Annual report of the Central Committee of the Association together with the report of the directors of the Pasteur Institute at Kasauli
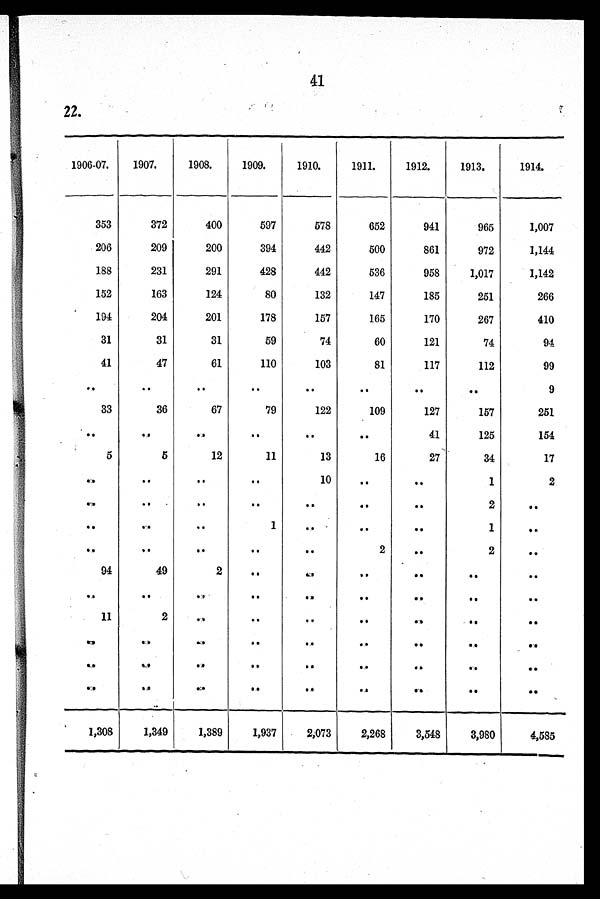
41
22.
1906-07.
1907.
1908.
1909.
1910.
1911.
1912.
1913.
1914.
353
372
400
597
578
652
941
965
1,007
206
209
200
394
442
500
861
972
1,144
188
231
291
428
442
536
958
1,017
1,142
152
163
124
80
132
147
185
251
266
194
204
201
178
157
165
170
267
410
31
31
31
59
74
60
121
74
94
41
47
61
110
103
81
117
112
99
..
. .
..
. .
. .
..
. .
. .
9
33
36
67
79
122
109
127
157
251
. . ..
. .
. .
..
. .
41
125
154
5
5
12
11
13
16
27
34
17
. ..
.
. .
. .
10
..
. .
1
2
. .
. .
..
..
..
..
. .
2
..
..
..
. .
1
..
..
..
1
. .
. . . .
..
. .
. .
2
..
2
. .
94
49
2
..
. .
. .
. . ..
. .
. .
. .
. .
. .
. .
. .
. .
. .
. .
11
2
. .
. .
..
. .
..
..
. .
. .
. .
. .
. .
. .
. .
. .
. .
. .
. .
. .
. .
. .
. .
. .
. .
. .
. .
. .
. .
. .
. .
. .
. .
. .
. .
. .
1,308
1,349
1,389
1,937
2,073
2,268
3,548
3,980
4,585